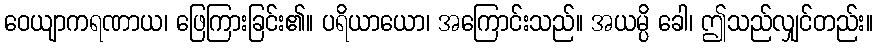
ဝေယျာကရဏာယ၊ ဖြေကြားခြင်း၏။ ပရိယာယော၊ အကြောင်းသည်။ အယမ္ပိ ခေါ၊ ဤသည်လျှင်တည်း။